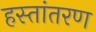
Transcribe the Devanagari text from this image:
हस्‍तांतरण